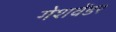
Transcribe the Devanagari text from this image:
गेशवेंडर